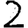
Digit: 2